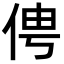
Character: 俜